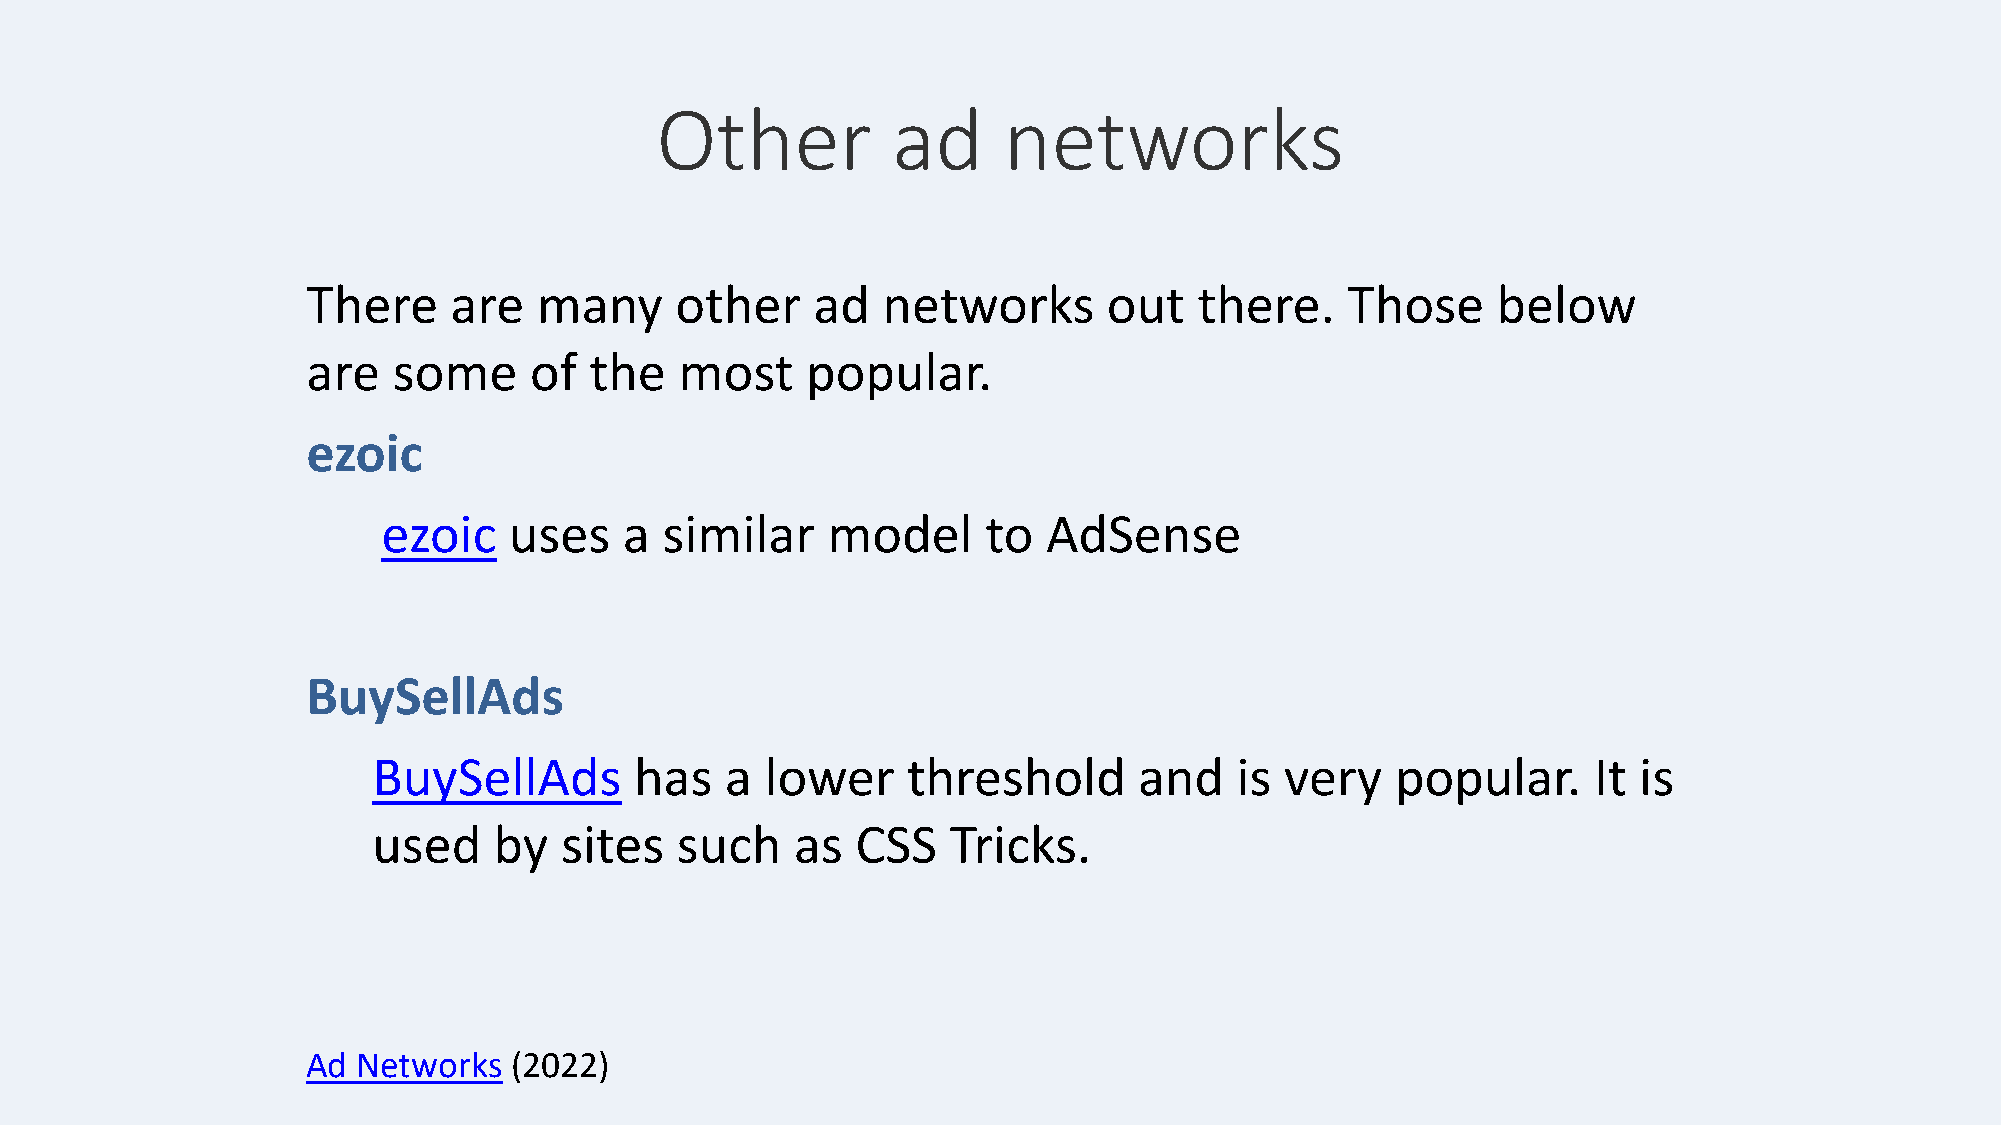
Other           ad     networks
 There     are   many     other    ad  networks       out   there.    Those     below
 are   some     of  the   most    popular.
 ezoic
 ezoic    uses   a  similar    model     to  AdSense
 BuySellAds
 BuySellAds       has   a  lower    threshold      and    is very   popular.     It is
 used    by  sites   such    as  CSS   Tricks.
 Ad  Networks  (2022)